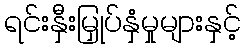
ရင်းနှီးမြှုပ်နှံမှုများနှင့်